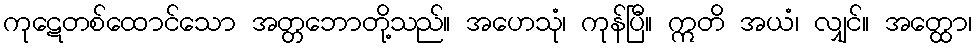
ကုဋေတစ်ထောင်သော အတ္တဘောတို့သည်။ အဟေသုံ၊ ကုန်ပြီ။ ဣတိ အယံ၊ လျှင်။ အတ္ထော၊